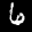
Label: 6